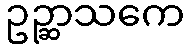
ဥဉ္ဆာသကေ